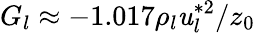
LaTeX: G_{l}\approx-1.017\rho_{l}\mathit{u}_{l}^{*2}/z_{0}